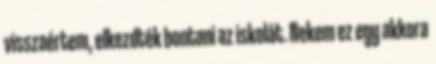
visszaértem, elkezdték bontani az iskolát. Nekem ez egy akkora